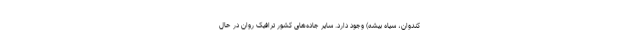
کندوان، سیاه بیشه) وجود دارد. سایر جاده‌های کشور ترافیک روان در حال